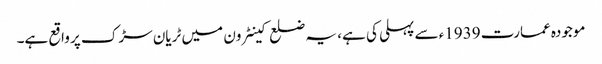
موجودہ عمارت 1939ء سے پہلی کی ہے، یہ ضلع کینٹرون میں ٹریان سڑک پر واقع ہے۔